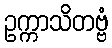
ဥက္ကာသိတဗ္ဗံ